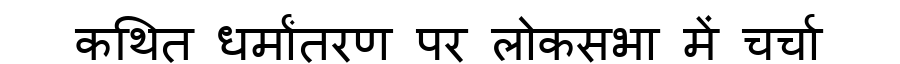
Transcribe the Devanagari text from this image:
कथित धर्मांतरण पर लोकसभा में चर्चा